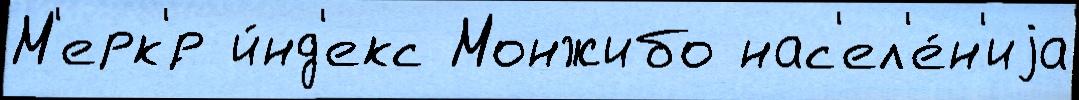
М'ерк'́р и́нд'екс Монжибо нас'ел'е́н'иjа